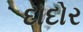
દાદોર